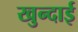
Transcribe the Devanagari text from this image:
खुन्दाई